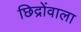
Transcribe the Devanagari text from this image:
छिद्रोंवाला